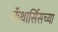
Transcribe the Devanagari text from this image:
कॅथार्सिसच्या